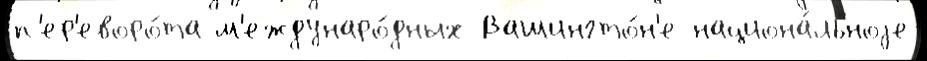
п'ер'еворо́та м'еждунаро́дных Вашингто́н'е национа́льноjе